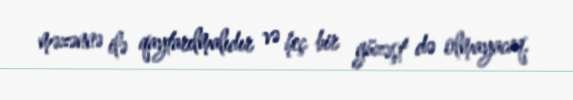
məzənnə ilə qaytarılmalıdır və heç bir güzəşt də olmayacaq.